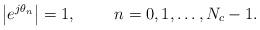
LaTeX: \begin{align*}\left|e^{j\theta_n}\right| = 1,\qquad~n=0,1,\dots,N_c-1.\end{align*}